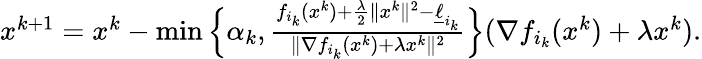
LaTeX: \begin{array}{r}{x^{k+1}=x^{k}-\operatorname*{min}\Big\{ \alpha_{k},\frac{f_{i_{k}}(x^{k})+\frac{\lambda}{2}\| x^{k}\| ^{2}-\underline{{\ell}}_{i_{k}}}{\| \nabla f_{i_{k}}(x^{k})+\lambda x^{k}\| ^{2}}\Big\} (\nabla f_{i_{k}}(x^{k})+\lambda x^{k}).}\end{array}